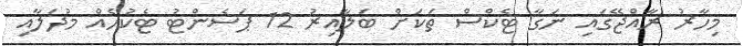
މިހާރު ރާއްޖޭގައި ނަގާ ޓެކްސް ތަކަށް ބަލާއިރު 12 ޕަސެންޓު ޓެކުހެއް މުދަލާއި